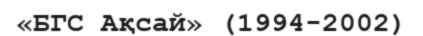
«БГС Ақсай» (1994-2002)